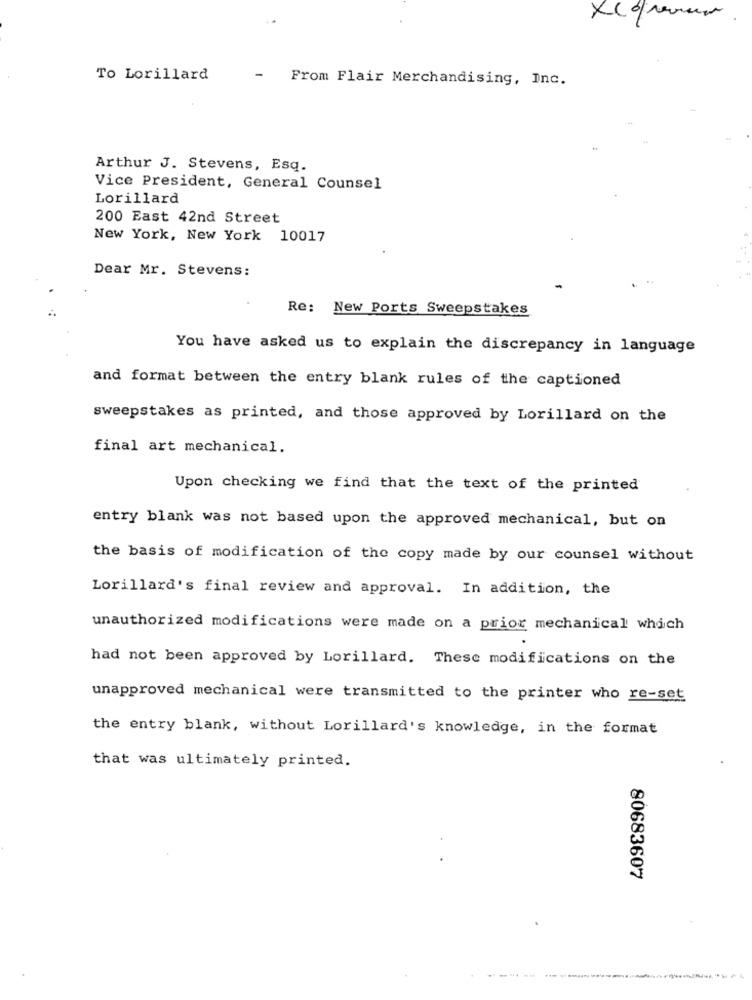
To Lorillard
From Flair Merchandising, Inc.
Arthur J. Stevens, Esq.
Vice President, General Counsel
Lorillard
200 East 42nd Street
New York, New York 10017
Dear Mr. Stevens:
Re: New Ports Sweepstakes
You have asked us to explain the discrepancy in language
and format between the entry blank rules of the captioned
sweepstakes as printed, and those approved by Lorillard on the
final art mechanical.
Upon checking we find that the text of the printed
entry blank was not based upon the approved mechanical, but on
the basis of modification of the copy made by our counsel without
Lorillard's final review and approval. In addition, the
unauthorized modifications were made on a prior mechanical which
had not been approved by Lorillard. These modifications on the
unapproved mechanical were transmitted to the printer who re-set
the entry blank, without Lorillard's knowledge, in the format
that was ultimately printed.
80683607
-----